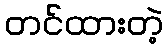
တင်ထားတဲ့